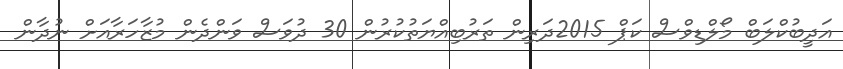
އަދީބުކްލަބް މޯލްޑިވްސް ކަޕް 2015ދަރިން ތަރުބިއްޔަތުކުރުން 30 ދުވަސް ވަންދެން މުޒާހަރާއަށް ނުދާން